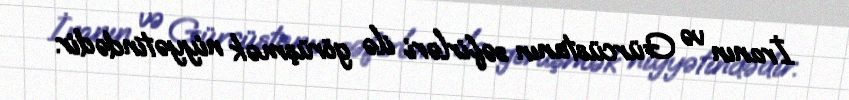
İranın və Gürcüstanın səfirləri ilə görüşmək niyyətindədir.